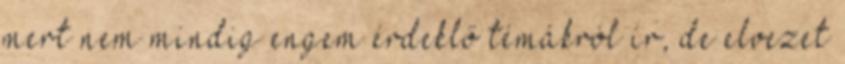
mert nem mindig engem érdeklő témákról í­r, de elvezet